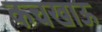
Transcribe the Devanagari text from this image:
कचखाऊ